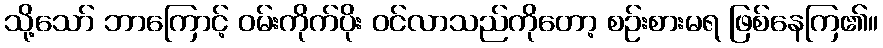
သို့သော် ဘာကြောင့် ဝမ်းကိုက်ပိုး ဝင်လာသည်ကိုတော့ စဉ်းစားမရ ဖြစ်နေကြ၏။